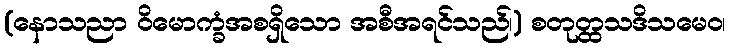
(နောသညာ ဝိမောက္ခံအစရှိသော အစီအရင်သည်၊) စတုတ္ထသဒိသမေဝ၊